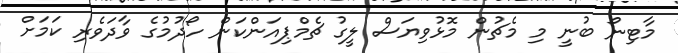
މާޓިނޯ ބުނީ މި މެޗުން މޮޅުވިޔަސް ލީގު ޗެމްޕިއަންކަން ހޯދުމުގެ ވާދަވެރި ކަމަށް